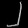
Digit: ၂